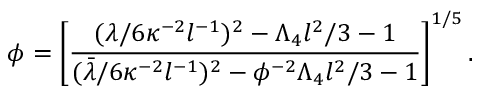
\phi = \left[ \frac { ( \lambda / 6 \kappa ^ { - 2 } l ^ { - 1 } ) ^ { 2 } - \Lambda _ { 4 } l ^ { 2 } / 3 - 1 } { ( \bar { \lambda } / 6 \kappa ^ { - 2 } l ^ { - 1 } ) ^ { 2 } - \phi ^ { - 2 } \Lambda _ { 4 } l ^ { 2 } / 3 - 1 } \right] ^ { 1 / 5 } .